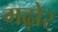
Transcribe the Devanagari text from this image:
गढ़ोर